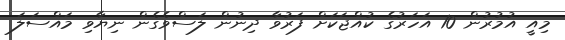
މިއީ އުމުރުން 10 އަހަރުގެ ކުއްޖަކަށް ފަރުވާ ދިނުން ލަސްވެގެން ނިޔާވި މައްސަލަ